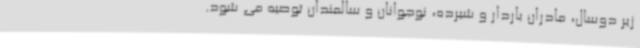
زیر دوسال، مادران باردار و شیرده، نوجوانان و سالمندان توصیه می شود.